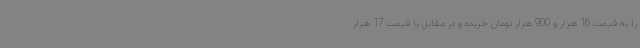
را به قیمت 16 هزار و 900 هزار تومان خریده و در مقابل با قیمت 17 هزار